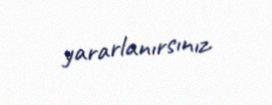
yararlanırsınız.